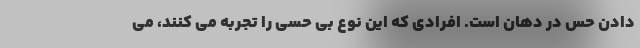
دادن حس در دهان است. افرادی که این نوع بی حسی را تجربه می کنند، می